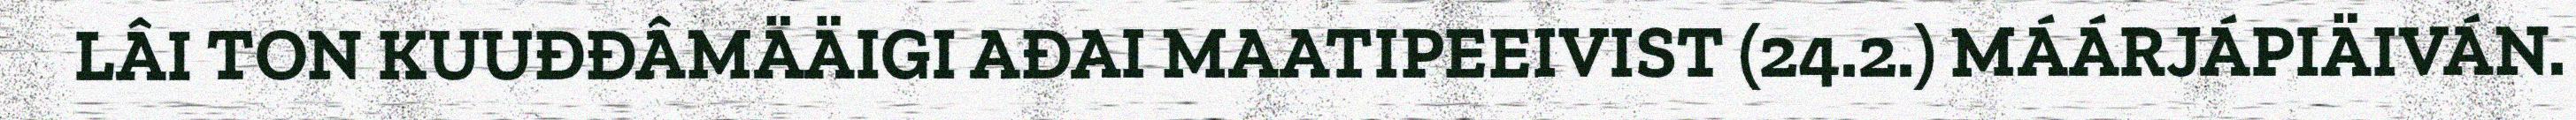
LÂI TON KUUĐĐÂMÄÄIGI AĐAI MAATIPEEIVIST (24.2.) MÁÁRJÁPIÄIVÁN.